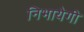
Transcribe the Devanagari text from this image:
निभायेगी